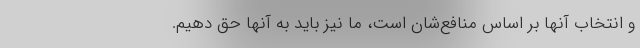
و انتخاب ‌آنها بر اساس منافع‌شان است، ما نیز باید به آنها حق دهیم.